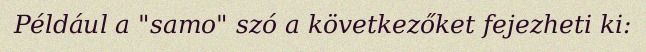
Például a "samo" szó a következőket fejezheti ki: